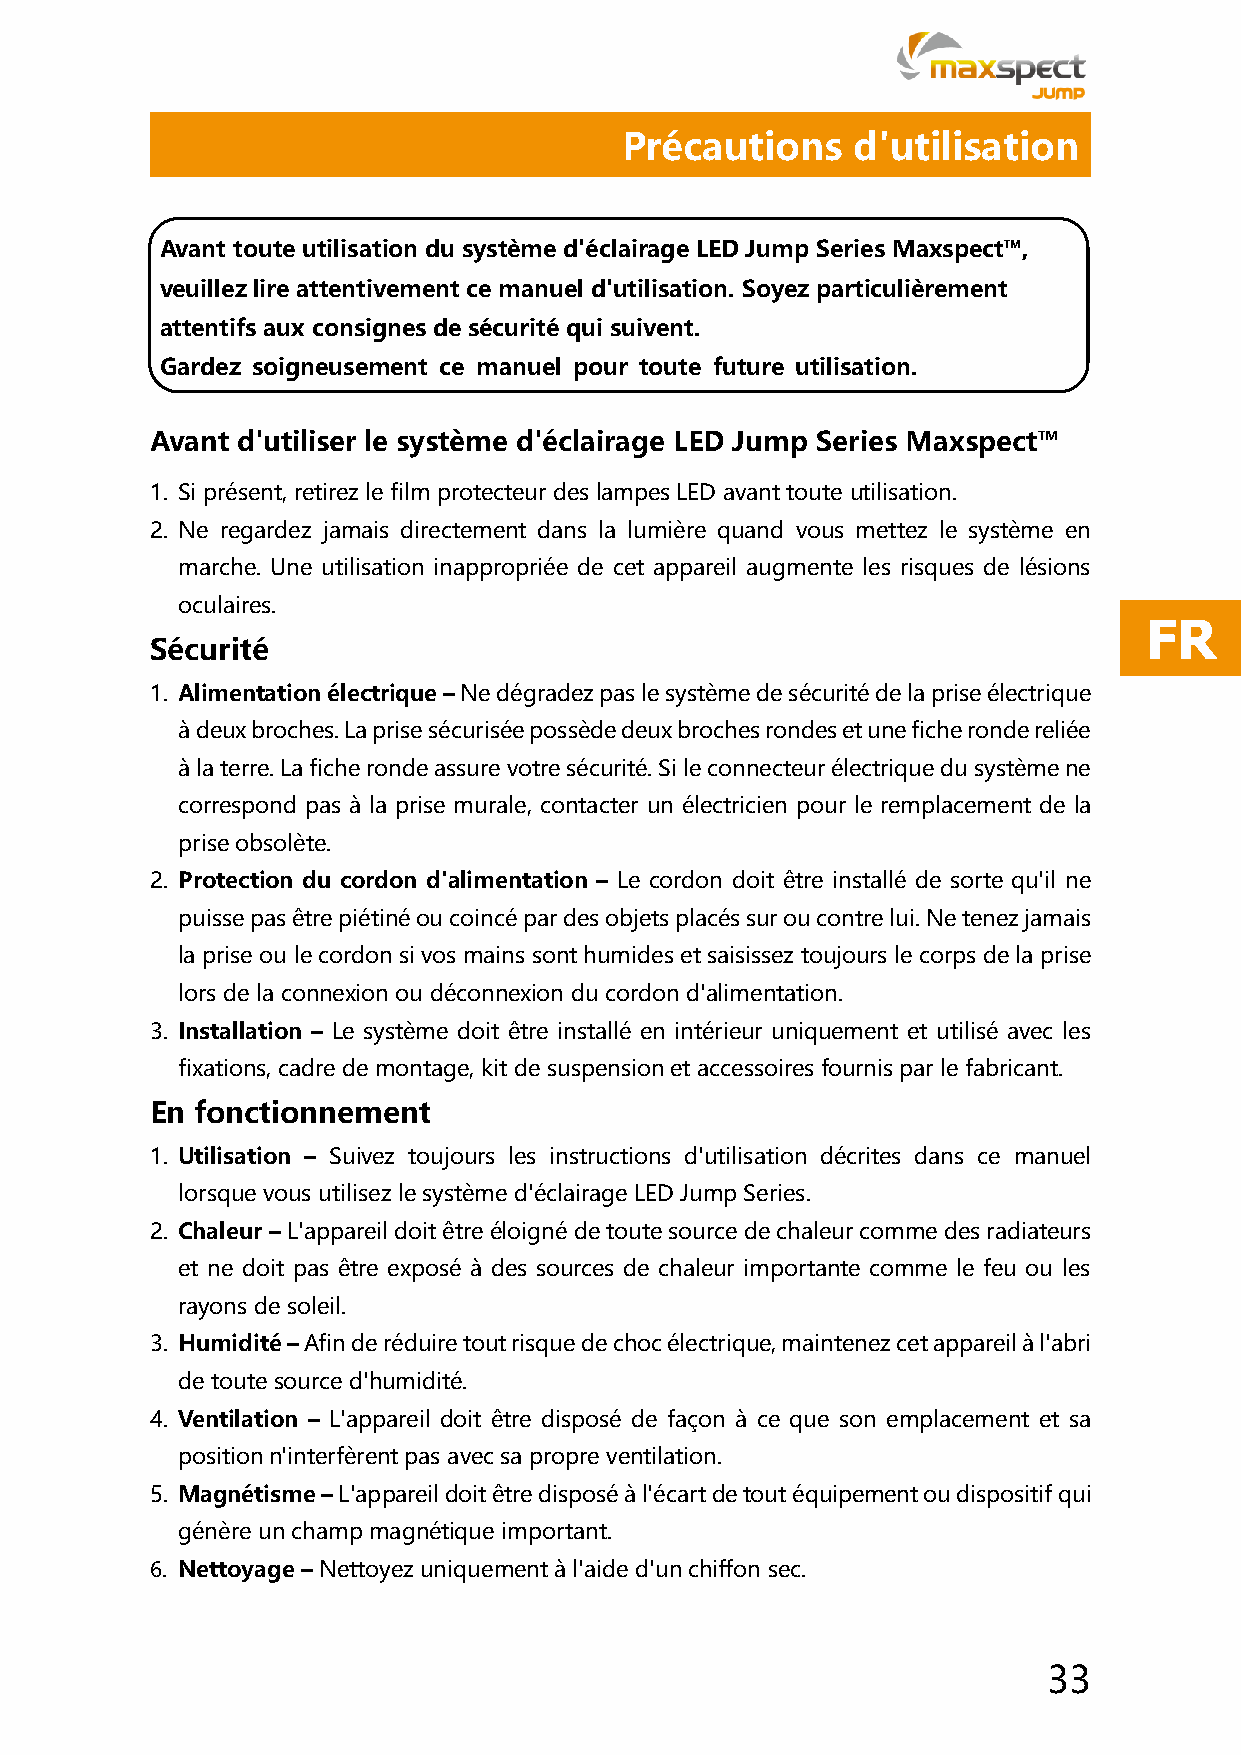
Précautions     d'utilisation
 Avant toute utilisation du système d'éclairage LED Jump Series Maxspect™,
 veuillez lire attentivement ce manuel d'utilisation. Soyez particulièrement
 attentifs aux consignes de sécurité qui suivent.
 Gardez soigneusement ce manuel pour toute future utilisation.
 Avant d'utiliser le système d'éclairage LED Jump Series Maxspect™
 1. Si présent, retirez le film protecteur des lampes LED avant toute utilisation.
 2. Ne regardez jamais directement dans la lumière quand vous mettez le système en
 marche. Une utilisation inappropriée de cet appareil augmente les risques de lésions
 oculaires.
 FR
 Sécurité
 1. Alimentation électrique – Ne dégradez pas le système de sécurité de la prise électrique
 à deux broches. La prise sécurisée possède deux broches rondes et une fiche ronde reliée
 à la terre. La fiche ronde assure votre sécurité. Si le connecteur électrique du système ne
 correspond pas à la prise murale, contacter un électricien pour le remplacement de la
 prise obsolète.
 2. Protection du cordon d'alimentation – Le cordon doit être installé de sorte qu'il ne
 puisse pas être piétiné ou coincé par des objets placés sur ou contre lui. Ne tenez jamais
 la prise ou le cordon si vos mains sont humides et saisissez toujours le corps de la prise
 lors de la connexion ou déconnexion du cordon d'alimentation.
 3. Installation – Le système doit être installé en intérieur uniquement et utilisé avec les
 fixations, cadre de montage, kit de suspension et accessoires fournis par le fabricant.
 En fonctionnement
 1. Utilisation – Suivez toujours les instructions d'utilisation décrites dans ce manuel
 lorsque vous utilisez le système d'éclairage LED Jump Series.
 2. Chaleur – L'appareil doit être éloigné de toute source de chaleur comme des radiateurs
 et ne doit pas être exposé à des sources de chaleur importante comme le feu ou les
 rayons de soleil.
 3. Humidité – Afin de réduire tout risque de choc électrique, maintenez cet appareil à l'abri
 de toute source d'humidité.
 4. Ventilation – L'appareil doit être disposé de façon à ce que son emplacement et sa
 position n'interfèrent pas avec sa propre ventilation.
 5. Magnétisme – L'appareil doit être disposé à l'écart de tout équipement ou dispositif qui
 génère un champ magnétique important.
 6. Nettoyage – Nettoyez uniquement à l'aide d'un chiffon sec.
 33